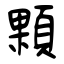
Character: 顆